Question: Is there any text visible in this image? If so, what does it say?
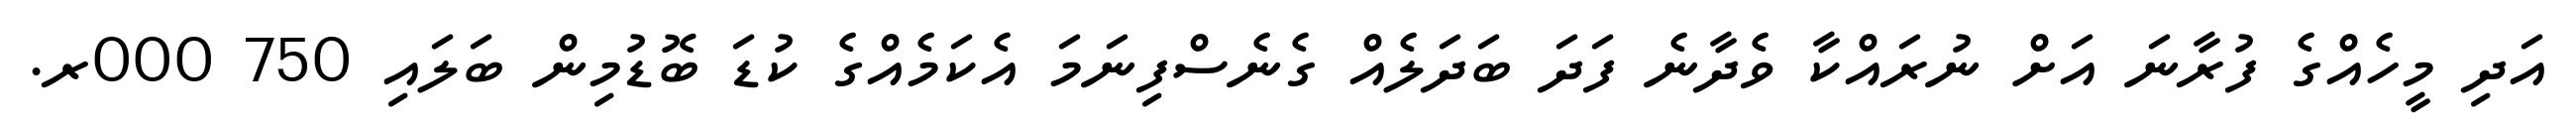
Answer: އަދި މީހެއްގެ ފުރާނަ އަށް ނުރައްކާ ވެދާނެ ފަދަ ބަދަލެއް ގެނެސްފިނަމަ އެކަމެއްގެ ކުޑަ ބޮޑުމިން ބަލައި 750 000ރ.